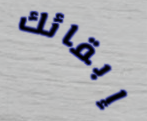
إبقائك